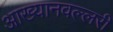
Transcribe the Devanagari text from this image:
आख्यानवल्लरी